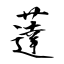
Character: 薘